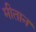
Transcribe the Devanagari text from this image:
मीतान